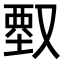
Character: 𠭱